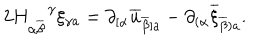
2 H _ { \alpha \overline { { { \beta } } } } ^ { \, \, \, \, \, \, \gamma } \xi _ { \gamma a } = \partial _ { [ \alpha } \overline { { { u } } } _ { \overline { { { \beta } } } ] a } - \partial _ { ( \alpha } \overline { { { \xi } } } _ { \overline { { { \beta } } } ) a } .